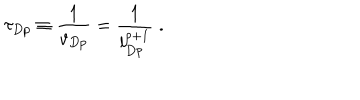
\tau _ { D p } \equiv \frac { 1 } { v _ { D p } } = \frac { 1 } { l _ { D p } ^ { p + 1 } } \; .